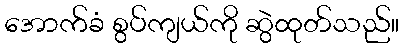
အောက်ခံ စွပ်ကျယ်ကို ဆွဲထုတ်သည်။